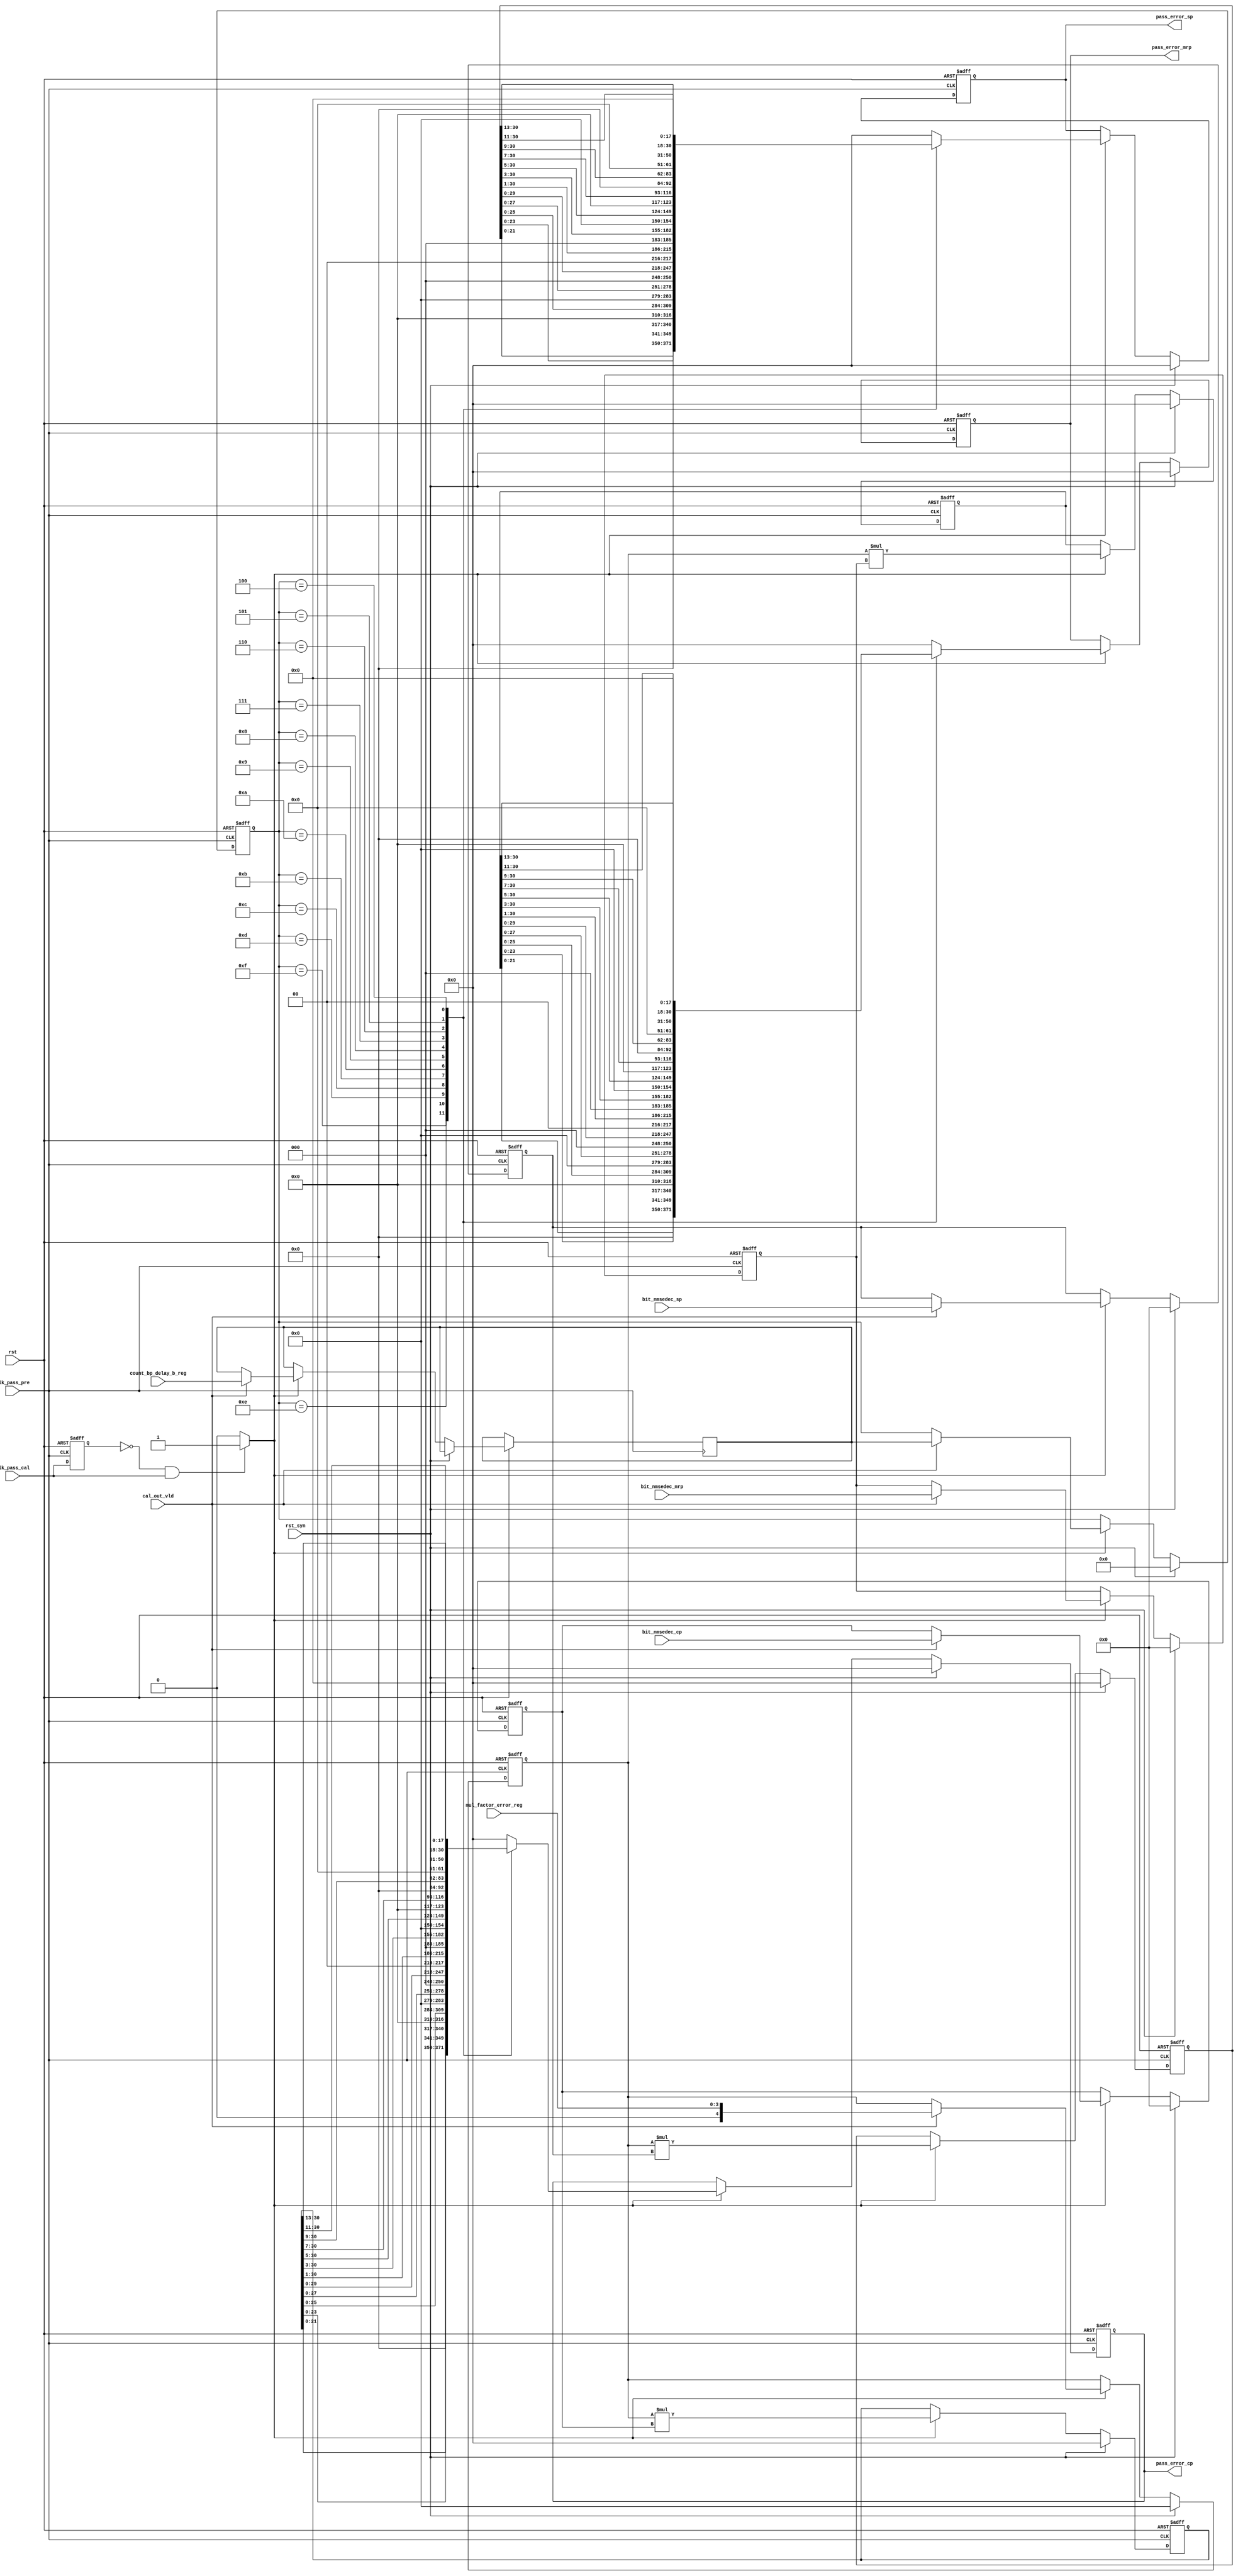
`timescale 1ns/10ps
module pass_error_cal (//output
                        pass_error_sp,
						pass_error_mrp,
						pass_error_cp,
					   //input
					    bit_nmsedec_sp,
						bit_nmsedec_mrp,
						bit_nmsedec_cp,
						mul_factor_error_reg,
						count_bp_delay_b_reg,
						cal_out_vld,
						clk_pass_cal,
						clk_pass_pre,
						rst,
						rst_syn
						);
						
output[30:0] pass_error_sp;
output[30:0] pass_error_mrp;
output[30:0] pass_error_cp;

input[25:0] bit_nmsedec_sp;
input[25:0] bit_nmsedec_mrp;
input[25:0] bit_nmsedec_cp;
input cal_out_vld;
input[3:0]mul_factor_error_reg;
input[3:0]count_bp_delay_b_reg;
input clk_pass_cal;
input clk_pass_pre;
input rst;
input rst_syn;
 
reg clk_pass_cal_reg;
always@(posedge clk_pass_pre or negedge rst)
	begin
		if(!rst)
			clk_pass_cal_reg<=0;
		else 	
			clk_pass_cal_reg<=clk_pass_cal;
	end
wire pos_error_bpc=((clk_pass_cal_reg==1'b0)&&(clk_pass_cal==1'b1))?1'b1:1'b0;
//******************//
reg[25:0] bit_nmsedec_sp_cal;
reg[25:0] bit_nmsedec_mrp_cal;
reg[25:0] bit_nmsedec_cp_cal;

always @(posedge clk_pass_pre or negedge rst) begin
  if(!rst) begin
      bit_nmsedec_sp_cal <= 26'b0;
      bit_nmsedec_mrp_cal <= 26'b0;
      bit_nmsedec_cp_cal <= 26'b0;
  end
  else if(rst_syn) begin
      bit_nmsedec_sp_cal <= 26'b0;
      bit_nmsedec_mrp_cal <= 26'b0;
      bit_nmsedec_cp_cal <= 26'b0;
  end
  else if(pos_error_bpc==1'b1)begin
	if(cal_out_vld==1'b1) begin
		bit_nmsedec_sp_cal <= bit_nmsedec_sp;
		bit_nmsedec_mrp_cal <= bit_nmsedec_mrp;
		bit_nmsedec_cp_cal <= bit_nmsedec_cp;
	end
  end
end

reg[4:0]mul_factor_error_cal;

always @(posedge clk_pass_pre or negedge rst) begin
  if(!rst) begin
      mul_factor_error_cal <= 5'b0;
  end
  else if(rst_syn) begin
      mul_factor_error_cal <= 5'b0;
  end
   else if(pos_error_bpc==1'b1)begin
		if(cal_out_vld==1'b1) begin
			mul_factor_error_cal <= {1'b0,mul_factor_error_reg};
		end
	end	
end

reg[3:0]count_bp_delay_b_cal; 
reg[3:0]count_bp_delay_b_cal_n; 

always @(posedge clk_pass_pre or negedge rst) begin
  if(!rst) begin
      count_bp_delay_b_cal <= 4'b0;
  end
  else if(rst_syn) begin
      count_bp_delay_b_cal <= 4'b0;
  end
   else if(pos_error_bpc==1'b1)begin
		if(cal_out_vld==1'b1) begin
			count_bp_delay_b_cal_n <= count_bp_delay_b_reg;
			count_bp_delay_b_cal<=count_bp_delay_b_cal_n;
		end
	end	
end

wire[30:0] mul_out_sp;
wire[30:0] mul_out_mrp;
wire[30:0] mul_out_cp;

assign mul_out_sp = $signed(mul_factor_error_cal)*$signed(bit_nmsedec_sp_cal);
assign mul_out_mrp = $signed(mul_factor_error_cal)*$signed(bit_nmsedec_mrp_cal);
assign mul_out_cp = $signed(mul_factor_error_cal)*$signed(bit_nmsedec_cp_cal);

reg[30:0] mul_out_sp_reg;
reg[30:0] mul_out_mrp_reg;
reg[30:0] mul_out_cp_reg;

always @(posedge clk_pass_pre or negedge rst) begin
  if(!rst) begin
      mul_out_sp_reg <= 31'b0;
	  mul_out_mrp_reg <= 31'b0;
	  mul_out_cp_reg <= 31'b0; 
  end
  else if(rst_syn) begin
      mul_out_sp_reg <= 31'b0;
	  mul_out_mrp_reg <= 31'b0;
	  mul_out_cp_reg <= 31'b0; 
  end
  else if(pos_error_bpc==1'b1)begin
      mul_out_sp_reg <= mul_out_sp;
	  mul_out_mrp_reg <= mul_out_mrp;
	  mul_out_cp_reg <= mul_out_cp; 
  end
end

reg[30:0] pass_error_sp_n;
reg[30:0] pass_error_mrp_n;
reg[30:0] pass_error_cp_n;

reg[30:0] pass_error_sp;
reg[30:0] pass_error_mrp;
reg[30:0] pass_error_cp;

always @(posedge clk_pass_pre or negedge rst) begin
  if(!rst) begin
      pass_error_sp <= 31'b0;
	  pass_error_mrp <= 31'b0;
	  pass_error_cp <= 31'b0; 
  end
  else if(rst_syn) begin
      pass_error_sp <= 31'b0;
	  pass_error_mrp <= 31'b0;
	  pass_error_cp <= 31'b0;
  end
   else if(pos_error_bpc==1'b1)begin
      pass_error_sp <= pass_error_sp_n;
	  pass_error_mrp <= pass_error_mrp_n;
	  pass_error_cp <= pass_error_cp_n; 
  end
end

always @(*) begin
  case(count_bp_delay_b_cal) 
    15:                 begin
	                     pass_error_sp_n = {mul_out_sp_reg[21:0],9'b0};
						 pass_error_mrp_n = {mul_out_mrp_reg[21:0],9'b0};
						 pass_error_cp_n = {mul_out_cp_reg[21:0],9'b0};
						end
						
	14:                 begin
	                     pass_error_sp_n = {mul_out_sp_reg[23:0],7'b0};
						 pass_error_mrp_n = {mul_out_mrp_reg[23:0],7'b0};
						 pass_error_cp_n = {mul_out_cp_reg[23:0],7'b0};
						end
						
	13:                 begin
	                     pass_error_sp_n = {mul_out_sp_reg[25:0],5'b0};
						 pass_error_mrp_n = {mul_out_mrp_reg[25:0],5'b0};
						 pass_error_cp_n = {mul_out_cp_reg[25:0],5'b0};
						end
	12:                 begin
	                     pass_error_sp_n = {mul_out_sp_reg[27:0],3'b0};
						 pass_error_mrp_n = {mul_out_mrp_reg[27:0],3'b0};
						 pass_error_cp_n = {mul_out_cp_reg[27:0],3'b0};
						end										
    11:                 begin
	                     pass_error_sp_n = {mul_out_sp_reg[29:0],1'b0};
						 pass_error_mrp_n = {mul_out_mrp_reg[29:0],1'b0};
						 pass_error_cp_n = {mul_out_cp_reg[29:0],1'b0};
						end
	10:                 begin
	                     pass_error_sp_n = {1'b0,mul_out_sp_reg[30:1]};
						 pass_error_mrp_n = {1'b0,mul_out_mrp_reg[30:1]};
						 pass_error_cp_n = {1'b0,mul_out_cp_reg[30:1]};
						end	
    9:                 begin
	                     pass_error_sp_n = {3'b0,mul_out_sp_reg[30:3]};
						 pass_error_mrp_n = {3'b0,mul_out_mrp_reg[30:3]};
						 pass_error_cp_n = {3'b0,mul_out_cp_reg[30:3]};
						end						
	8:                 begin
	                     pass_error_sp_n = {5'b0,mul_out_sp_reg[30:5]};
						 pass_error_mrp_n = {5'b0,mul_out_mrp_reg[30:5]};
						 pass_error_cp_n = {5'b0,mul_out_cp_reg[30:5]};
					   end						
    7:                 begin
	                     pass_error_sp_n = {7'b0,mul_out_sp_reg[30:7]};
						 pass_error_mrp_n = {7'b0,mul_out_mrp_reg[30:7]};
						 pass_error_cp_n = {7'b0,mul_out_cp_reg[30:7]};
					   end	
	6:                 begin
	                     pass_error_sp_n = {9'b0,mul_out_sp_reg[30:9]};
						 pass_error_mrp_n = {9'b0,mul_out_mrp_reg[30:9]};
						 pass_error_cp_n = {9'b0,mul_out_cp_reg[30:9]};
					   end
    5:                 begin
	                     pass_error_sp_n = {11'b0,mul_out_sp_reg[30:11]};
						 pass_error_mrp_n = {11'b0,mul_out_mrp_reg[30:11]};
						 pass_error_cp_n = {11'b0,mul_out_cp_reg[30:11]};
					   end
    4:                 begin
	                     pass_error_sp_n = {13'b0,mul_out_sp_reg[30:13]};
						 pass_error_mrp_n = {13'b0,mul_out_mrp_reg[30:13]};
						 pass_error_cp_n = {13'b0,mul_out_cp_reg[30:13]};
					   end		
  default:             begin
                         pass_error_sp_n = 31'b0;
						 pass_error_mrp_n = 31'b0;
						 pass_error_cp_n = 31'b0;  
					   end
  endcase
end

endmodule